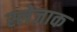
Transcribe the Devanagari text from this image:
स्लेजाक